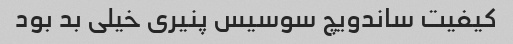
کیفیت ساندویچ سوسیس پنیری خیلی بد بود